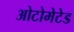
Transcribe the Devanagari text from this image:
ओटोमेटेड